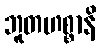
ဘူတဟစ္စာနိ